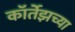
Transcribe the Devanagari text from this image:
कॉर्तेझच्या